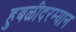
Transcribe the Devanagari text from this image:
हुबळीदरम्यान